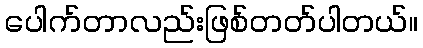
ပေါက်တာလည်းဖြစ်တတ်ပါတယ်။